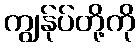
ကျွန်ုပ်တို့ကို